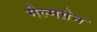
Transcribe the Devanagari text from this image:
मेल्मग्रेन